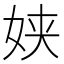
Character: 𮰿